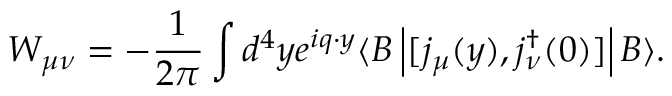
W _ { \mu \nu } = - \frac { 1 } { 2 \pi } \int d ^ { 4 } y e ^ { i q \cdot y } \langle B \left| [ j _ { \mu } ( y ) , j _ { \nu } ^ { \dagger } ( 0 ) ] \right| B \rangle .